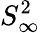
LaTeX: S_{\infty}^{2}